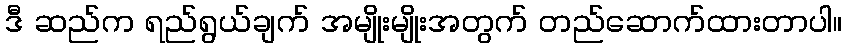
ဒီ ဆည်က ရည်ရွယ်ချက် အမျိုးမျိုးအတွက် တည်ဆောက်ထားတာပါ။